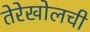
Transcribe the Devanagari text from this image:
तेरेखोलची